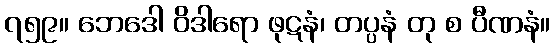
၇၅၉။ ဘေဒေါ ဝိဒါရော ဖုဋနံ၊ တပ္ပနံ တု စ ပီဏနံ။